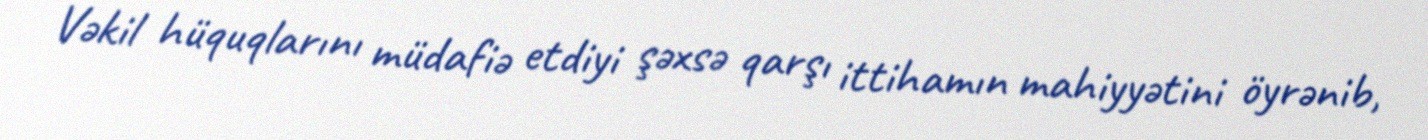
Vəkil hüquqlarını müdafiə etdiyi şəxsə qarşı ittihamın mahiyyətini öyrənib,